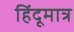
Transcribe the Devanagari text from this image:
हिंदूमात्र